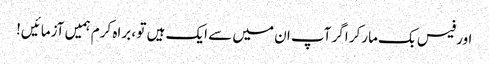
اور فیس بک مارکر اگر آپ ان میں سے ایک ہیں تو ، براہ کرم ہمیں آزمائیں!